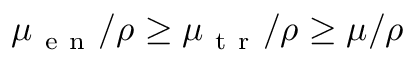
\mu _ { \mathrm { ~ e ~ n ~ } } / \rho \geq \mu _ { \mathrm { ~ t ~ r ~ } } / \rho \geq \mu / \rho